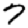
Digit: 7